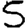
Digit: 5